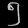
Digit: ၅